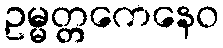
ဥမ္မတ္တကေနေဝ